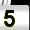
Digit: 5